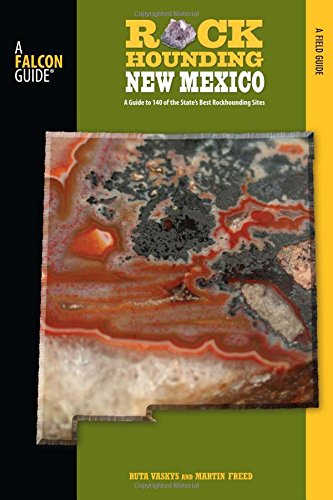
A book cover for Rockhounding New Mexico: A Guide To 140 Of The State's Best Rockhounding Sites (Rockhounding Series); Martin Freed; Science & Math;